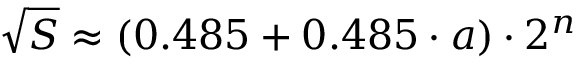
{ \sqrt { S } } \approx ( 0 . 4 8 5 + 0 . 4 8 5 \cdot a ) \cdot 2 ^ { n }